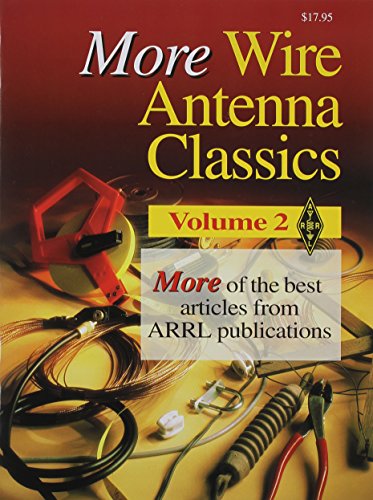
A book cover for More Wire Antenna Classics - Vol. 2; ARRL Inc.; Crafts, Hobbies & Home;